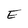
Character: E